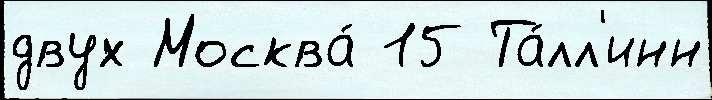
двух Москва́ 15 Та́лл'инн